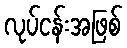
လုပ်ငန်းအဖြစ်